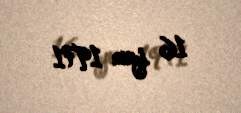
16 iyun 1971